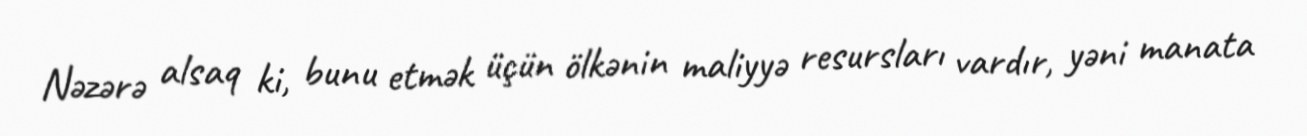
Nəzərə alsaq ki, bunu etmək üçün ölkənin maliyyə resursları vardır, yəni manata